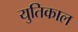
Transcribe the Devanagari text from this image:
युतिकाल